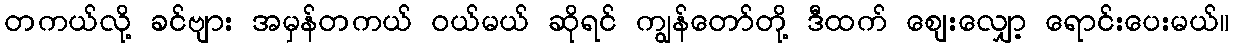
တကယ်လို့ ခင်ဗျား အမှန်တကယ် ဝယ်မယ် ဆိုရင် ကျွန်တော်တို့ ဒီထက် ဈေးလျှော့ ရောင်းပေးမယ်။